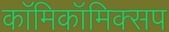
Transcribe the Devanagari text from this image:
काॅमिकॉमिक्सप